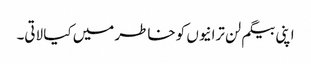
اپنی بیگم لن ترانیوں کو خاطر میں کیا لاتی۔